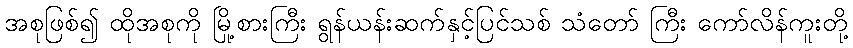
အစုဖြစ်၍ ထိုအစုကို မြို့စားကြီး ရွန်ယန်းဆက်နှင့်ပြင်သစ် သံတော် ကြီး ကော်လိန်ကူးတို့